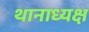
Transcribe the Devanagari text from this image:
थानाध्यक्ष